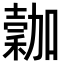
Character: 𥡮